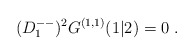
\begin{align*} (D^{--}_1)^2 G^{(1,1)}(1\vert 2) = 0\;.\end{align*}